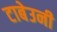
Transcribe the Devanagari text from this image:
टाबेउनी